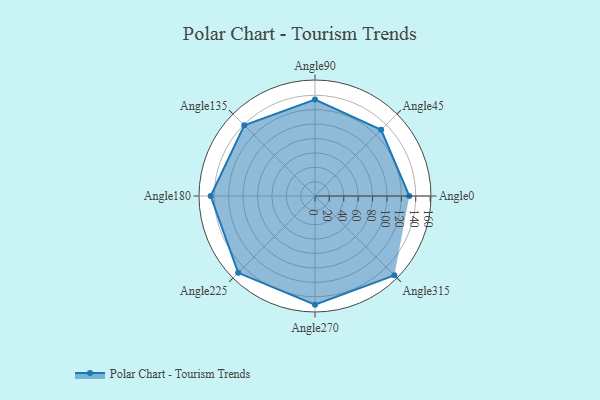
{"axis": {"x": "Angle", "y": "Radius"}, "legend": [""], "data": [{"x": "Angle0", "y": 131.0, "type": ""}, {"x": "Angle45", "y": 130.0, "type": ""}, {"x": "Angle90", "y": 134.0, "type": ""}, {"x": "Angle135", "y": 139.0, "type": ""}, {"x": "Angle180", "y": 145.0, "type": ""}, {"x": "Angle225", "y": 151.0, "type": ""}, {"x": "Angle270", "y": 151.0, "type": ""}, {"x": "Angle315", "y": 156.0, "type": ""}]}